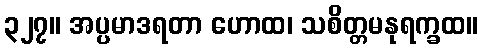
၃၂၇။ အပ္ပမာဒရတာ ဟောထ၊ သစိတ္တမနုရက္ခထ။